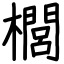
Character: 櫚